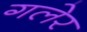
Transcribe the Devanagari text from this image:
गलेर